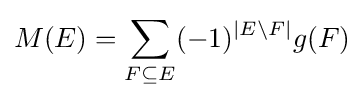
M(E)=\sum _{F\subseteq E}(-1)^{|E\backslash F|}g(F)